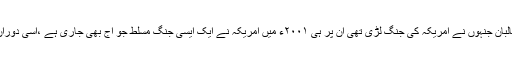
ایک طویل سرد جنگ کے بعد ۱۹۹۱ء میں روس اپنے اندر ٹکڑے ہوگیا،وہ افغانستان اور طالبان جنہوں نے امریکہ کی جنگ لڑی تھی ان پر ہی ۲۰۰۱ء میں امریکہ نے ایک ایسی جنگ مسلط جو آج بھی جاری ہے ،اسی دوران عراق کی اینٹ سے اینٹ بجائی اور آج ایران پر اس کے خطرے کے بادل منڈلا رہے ہیں۔